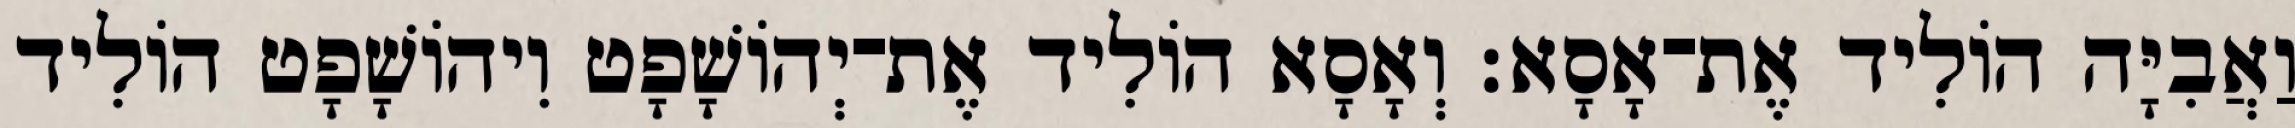
וַאֲבִיָּה הוֹלִיד אֶת־אָסָא׃ וְאָסָא הוֹלִיד אֶת־יְהוֹשָׁפָט וִיהוֹשָׁפָט הוֹלִיד